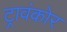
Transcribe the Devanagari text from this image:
ट्रावंकोर